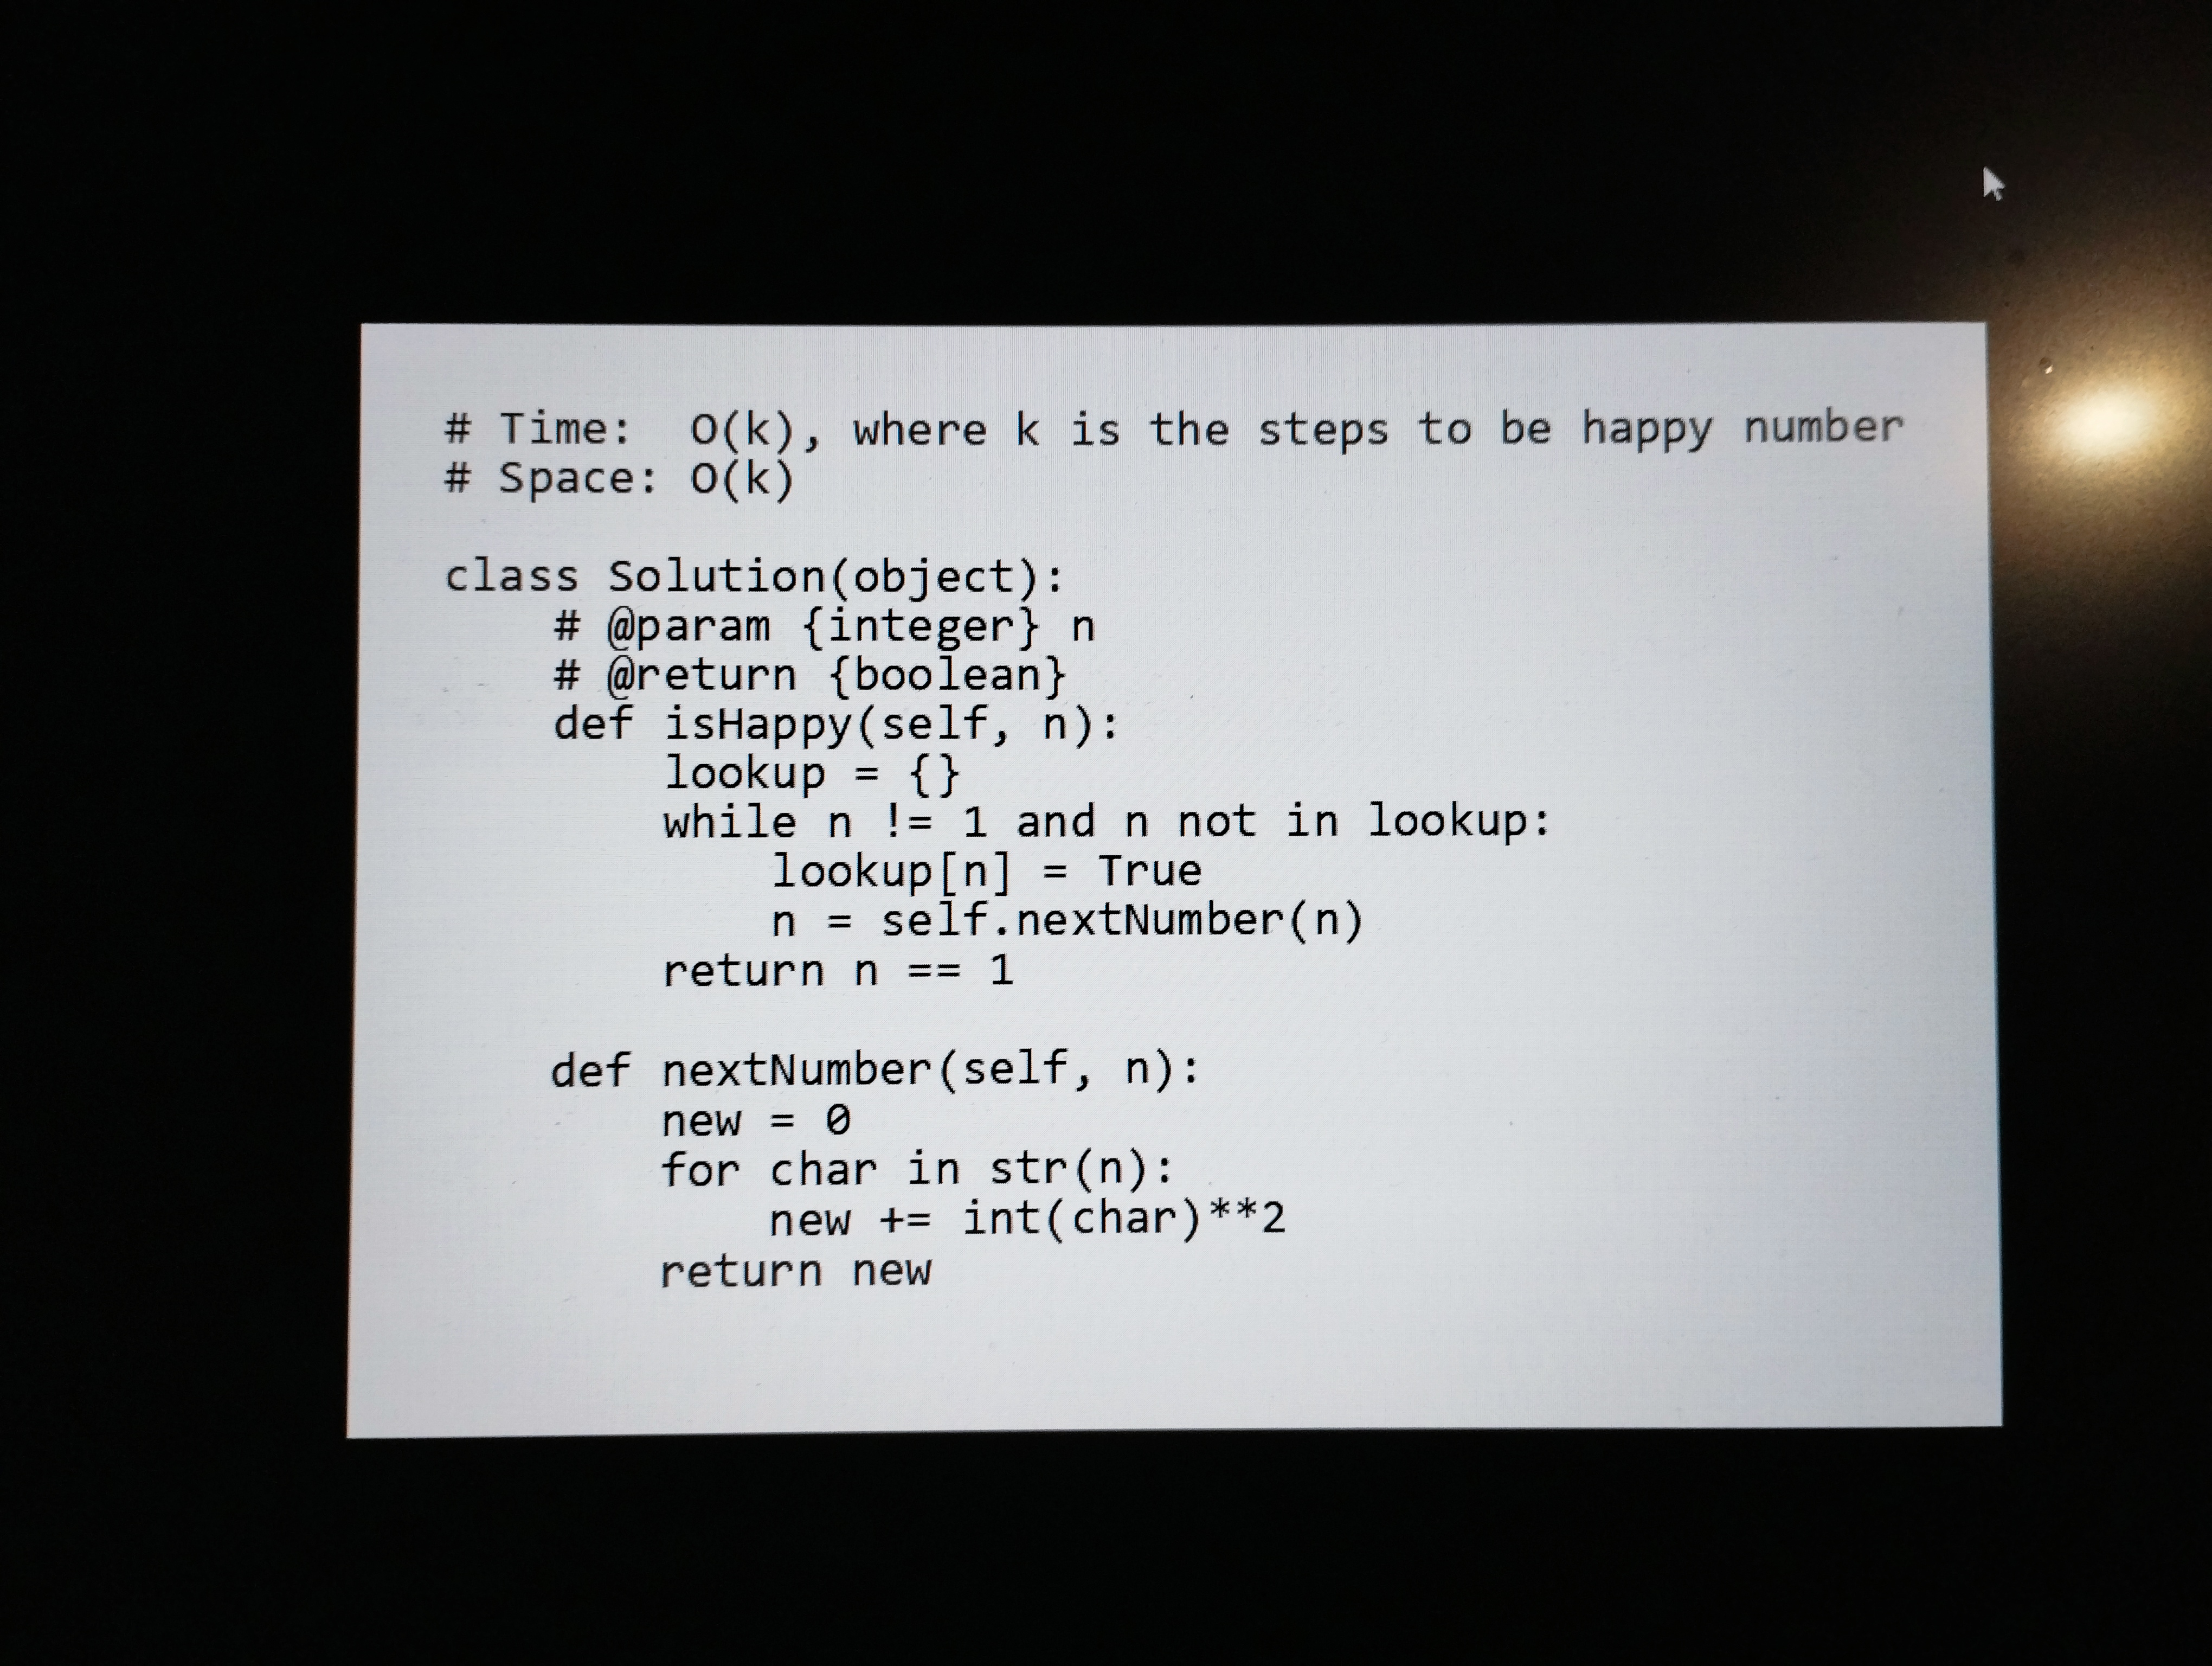
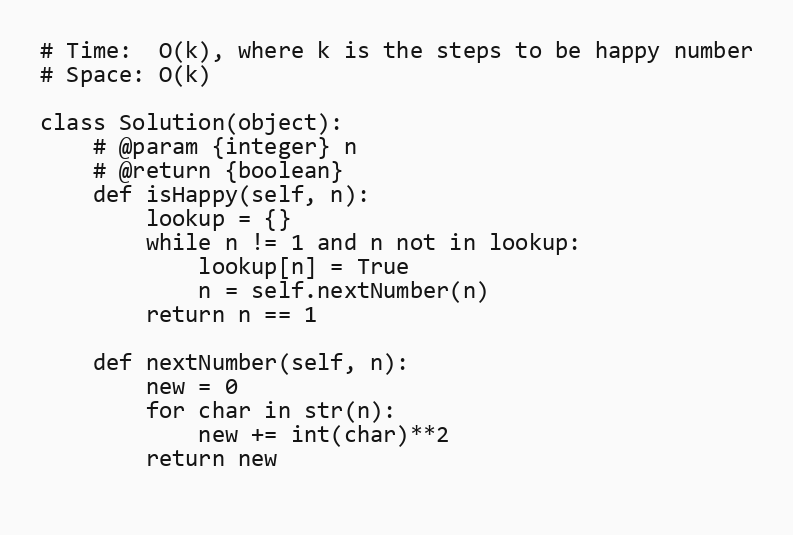
# Time:  O(k), where k is the steps to be happy number
# Space: O(k)

class Solution(object):
    # @param {integer} n
    # @return {boolean}
    def isHappy(self, n):
        lookup = {}
        while n != 1 and n not in lookup:
            lookup[n] = True
            n = self.nextNumber(n)
        return n == 1

    def nextNumber(self, n):
        new = 0
        for char in str(n):
            new += int(char)**2
        return new